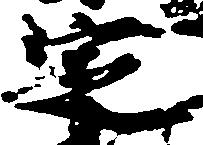
定